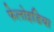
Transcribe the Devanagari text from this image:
फेलोइडिया